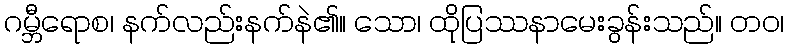
ဂမ္ဘီရောစ၊ နက်လည်းနက်နဲ၏။ သော၊ ထိုပြဿနာမေးခွန်းသည်။ တဝ၊